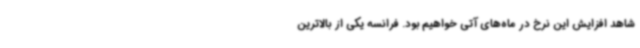
شاهد افزایش این نرخ در ماه‌های آتی خواهیم بود. فرانسه یکی از بالاترین